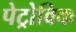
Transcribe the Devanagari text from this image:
पेट्रोविक